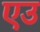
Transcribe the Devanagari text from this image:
एउ